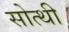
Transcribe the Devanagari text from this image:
सोत्थी